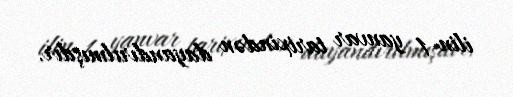
ilin 1 yanvar tarixindən dayandırılmışdır.